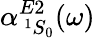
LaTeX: \alpha_{\, ^{1}S_{0}}^{E2}(\omega)